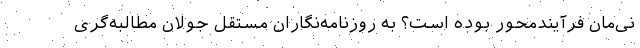
نی‌مان فرآیندمحور بوده است؟ به روزنامه‌نگاران مستقل جولان مطالبه‌گری